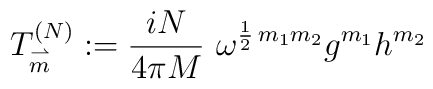
T_{\stackrel{\rightharpoonup}{m}}^{(N)} := \frac{iN}{4\pi M}\        \omega^{\frac{1}{2}\,m_{1}m_{2}} g^{m_{1}} h^{m_{2}}